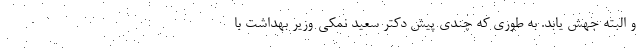
و البته جهش یابد. به طوری که چندی پیش دکتر سعید نمکی-وزیر بهداشت با